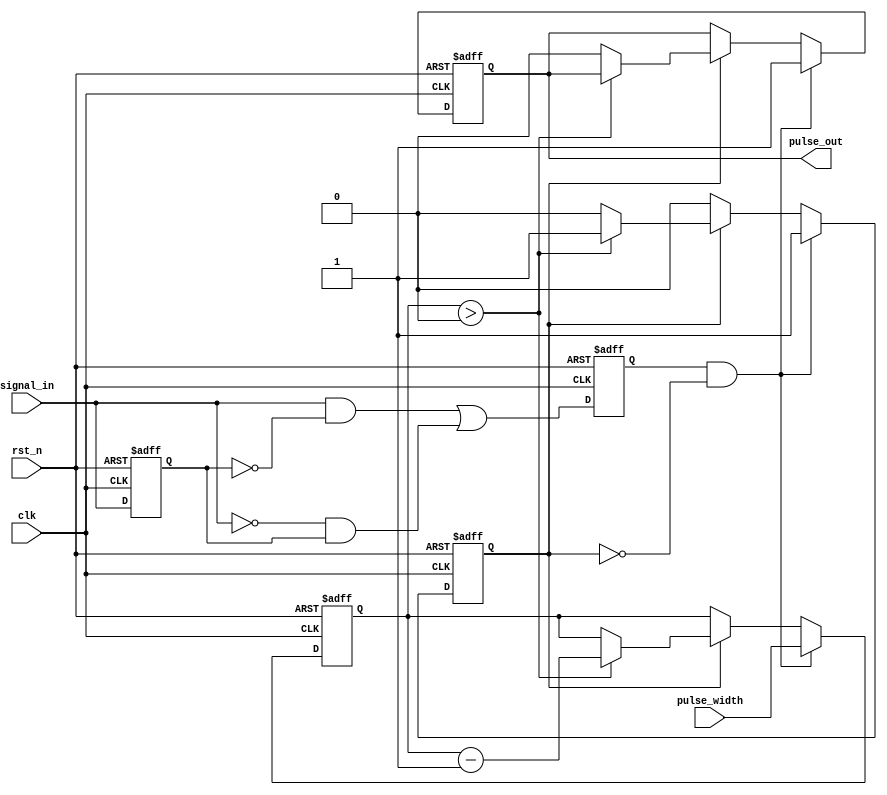
module MonostableEdgeDetector (
    input wire clk,               // Clock input
    input wire rst_n,             // Active low reset
    input wire signal_in,         // Input signal to detect edges
    input wire [31:0] pulse_width, // Configurable pulse width in clock cycles
    output reg pulse_out          // Output pulse
);

    reg signal_in_d;              // Delayed version of the input signal
    reg edge_detected;            // Edge detection flag
    reg [31:0] counter;           // Counter for pulse duration
    reg pulse_active;             // Pulse state flag

    // Edge detection logic
    always @(posedge clk or negedge rst_n) begin
        if (!rst_n) begin
            signal_in_d <= 1'b0;
            edge_detected <= 1'b0;
        end else begin
            signal_in_d <= signal_in; // Latch the current state of the input signal
            edge_detected <= (signal_in && !signal_in_d) || (!signal_in && signal_in_d); // Rising or falling edge
        end
    end

    // Pulse generation logic
    always @(posedge clk or negedge rst_n) begin
        if (!rst_n) begin
            pulse_out <= 1'b0;        // Reset the output pulse
            counter <= 32'b0;         // Reset the counter
            pulse_active <= 1'b0;     // Reset pulse active state
        end else begin
            if (edge_detected && !pulse_active) begin
                pulse_out <= 1'b1;     // Activate pulse output on edge detected
                counter <= pulse_width; // Load the pulse width into the counter
                pulse_active <= 1'b1;   // Set pulse active state
            end else if (pulse_active) begin
                if (counter > 0) begin
                    counter <= counter - 1; // Decrement the counter
                end else begin
                    pulse_out <= 1'b0;     // Deactivate pulse output once duration elapses
                    pulse_active <= 1'b0;  // Reset pulse active state
                end
            end
        end
    end

endmodule